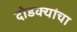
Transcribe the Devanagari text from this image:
दोडक्यांचा